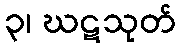
၃၊ ဃဋသုတ်